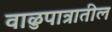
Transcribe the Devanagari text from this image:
वाळुपात्रातील